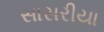
સાસરીયા